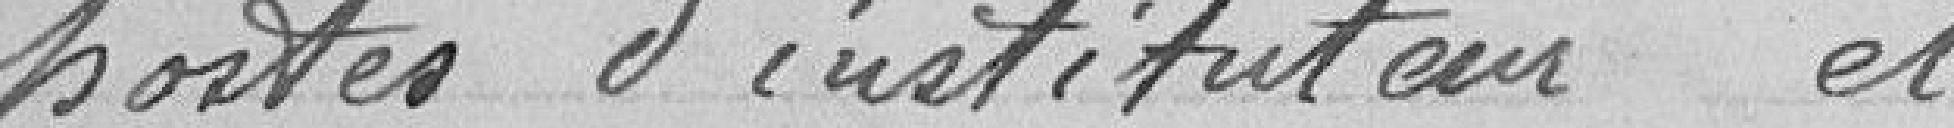
postes d'instituteur et